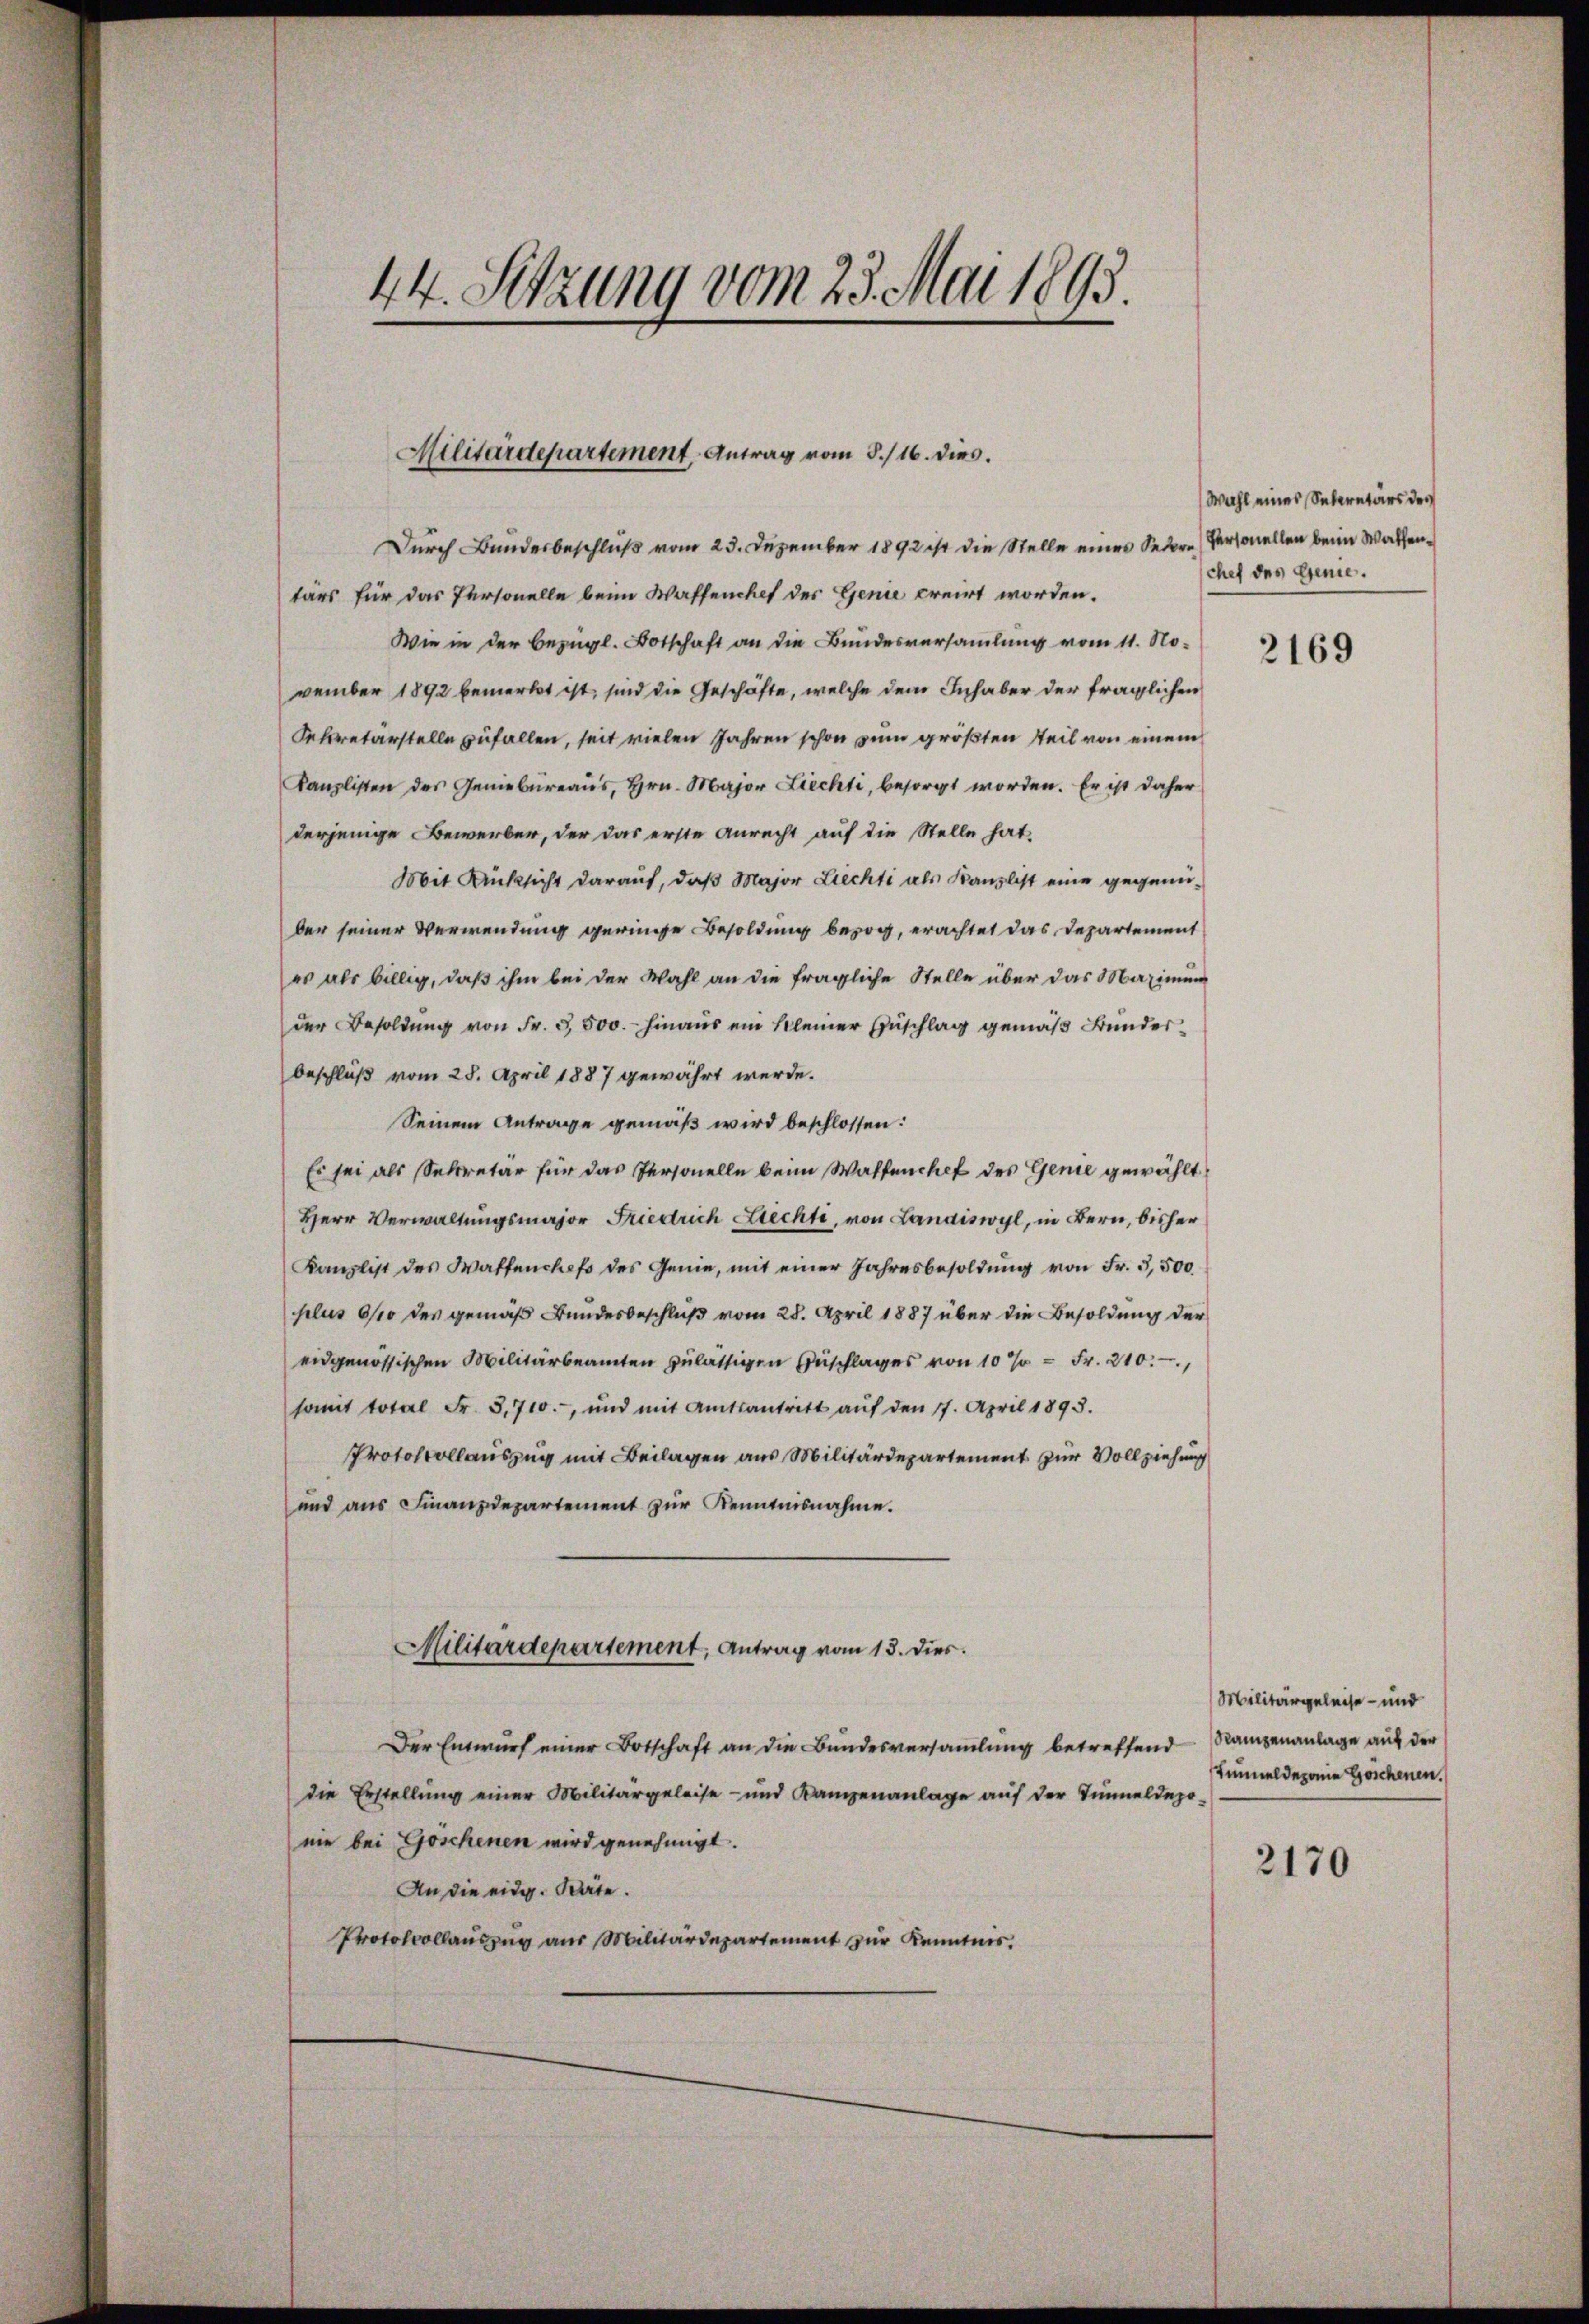
44. Sitzung vom 23. Mai 1893.

Militärdepartement, Antrag vom 8./16. dies.

Durch Bundesbeschluß vom 23. Dezember 1892 ist die Stelle einer Sedore Personellen beim Waffentärs für das Personelle beim Waffenchet der Genie creirt worden.
Wie in der bezügl. Botschaft an die Bundesversammlung vom 11. November 1892 bemerkt ist, sind die Geschäfte, welche dem Inhaber der fraglichen
Sekretärstelle zufallen, seit vielen Jahren schon zum größten Teil von einem
Kanzlisten des Geniebureaus, Hrn. Major Liechti, besorgt worden. Er ist daher
derjenige Bewerber, der das erste Anrecht auf die Stelle hat,
Mit Rücksicht darauf, daß Major Liechti als Kanzlist eine gegenüber seiner Verwendung geringe Besoldung bezog, erachtet das Departement
es als billig, daß ihm bei der Wahl an die fragliche Stelle über das Maximum
der Besoldung von Fr. 3,500. hinaus ein kleiner Zuschlag gemäß Bunderbeschluß vom 28. April 1887 gewährt werde.
Seinem Antrage gemäß wird beschlossen:
Es sei als Sekretär für das Personelle beim Waffenchef des Genie gewählt
Herr Verwaltungsmajor Friedrich Liechti, von Landiswyl, in Bern, bisher
Kanzlist des Waffenchefs des Genie, mit einer Jahresbesoldung von Fr. 3,500
plus 6/10 des gemäß Bundesbeschluß vom 28. April 1887 über die Besoldung der
eidgenössischen Militärbeamten zulässigen Anschlages von 10% = Fr. 210.
somit total Fr. 3,700.-, und mit Amtsantritt aŭf den 17. April 1893.
Protokollauszug mit Beilagen aus Militärdepartement zur Vollziehung
und aus Finanzdepartement zur Kenntnisnahme.
Militärdepartement, Antrag vom 13. dies.
Der Entwurf einer Botschaft an die Bundesversammlung betreffend
die Erstellung einer Militärgeleise- und Kampenanlage aŭf der Tunnel depo-
nie bei Göschenen wird genehmigt.
An die eidg. Wärte.
Protokollauszug aus Militärdepartement zur Kenntnis.

Wahl eines Sekretärs des
chef des Genie.

2169

Militärgeleise - und
Rampenanlage auf der
Tunnel deponie Goschenen.

2170